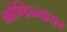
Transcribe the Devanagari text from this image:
कौण्डिन्न्यायन